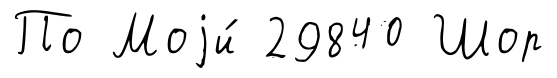
По Моjи́ 29840 Шор